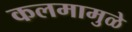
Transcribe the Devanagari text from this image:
कलमामुळे